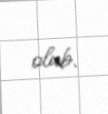
olub.